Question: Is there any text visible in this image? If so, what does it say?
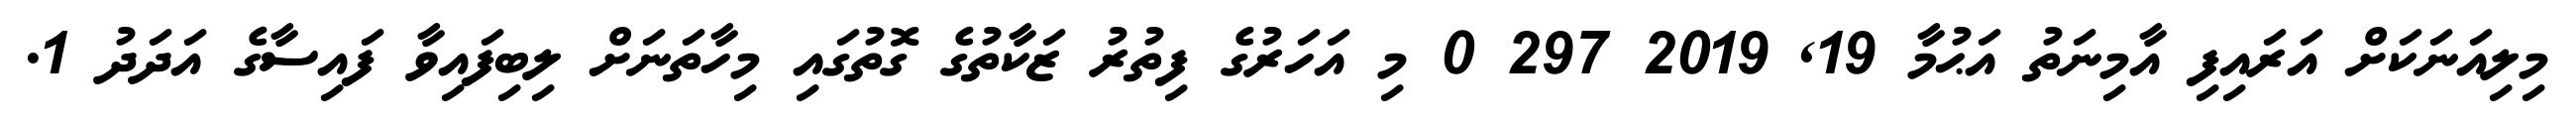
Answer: މިލިއަނަކަށް އަރައިފި އާމިނަތު އަޙުމާ 19, 2019 297 0 މި އަހަރުގެ ފިތުރު ޒަކާތުގެ ގޮތުގައި މިހާތަނަށް ލިބިފައިވާ ފައިސާގެ އަދަދު 1.